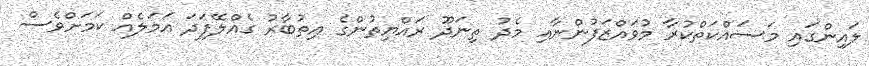
ލައިންގައި މަސައްކަތްކުރާ މުވައްޒަފުންނާއި މެދު ތިނަދޫ ރައްޔިތުންގެ އިތުބާރު ގެއްލޭފަދަ އަމަލެއް ކަމަށްވެސް